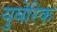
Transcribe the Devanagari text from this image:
युबेरिक